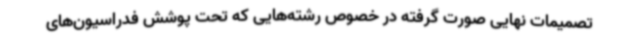
تصمیمات نهایی صورت گرفته در خصوص رشته‌هایی که تحت پوشش فدراسیون‌های